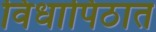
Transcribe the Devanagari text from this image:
विधापिठात